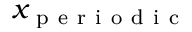
x _ { \mathrm { ~ p ~ e ~ r ~ i ~ o ~ d ~ i ~ c ~ } }